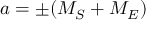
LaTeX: a = \pm ( M _ { S } + M _ { E } )